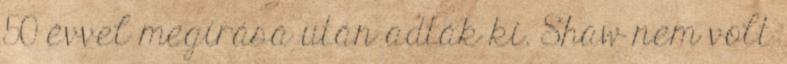
50 évvel megírása után adták ki. Shaw nem volt